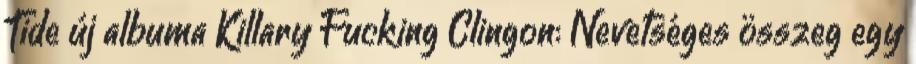
Tide új albuma Killary Fucking Clingon: Nevetséges összeg egy